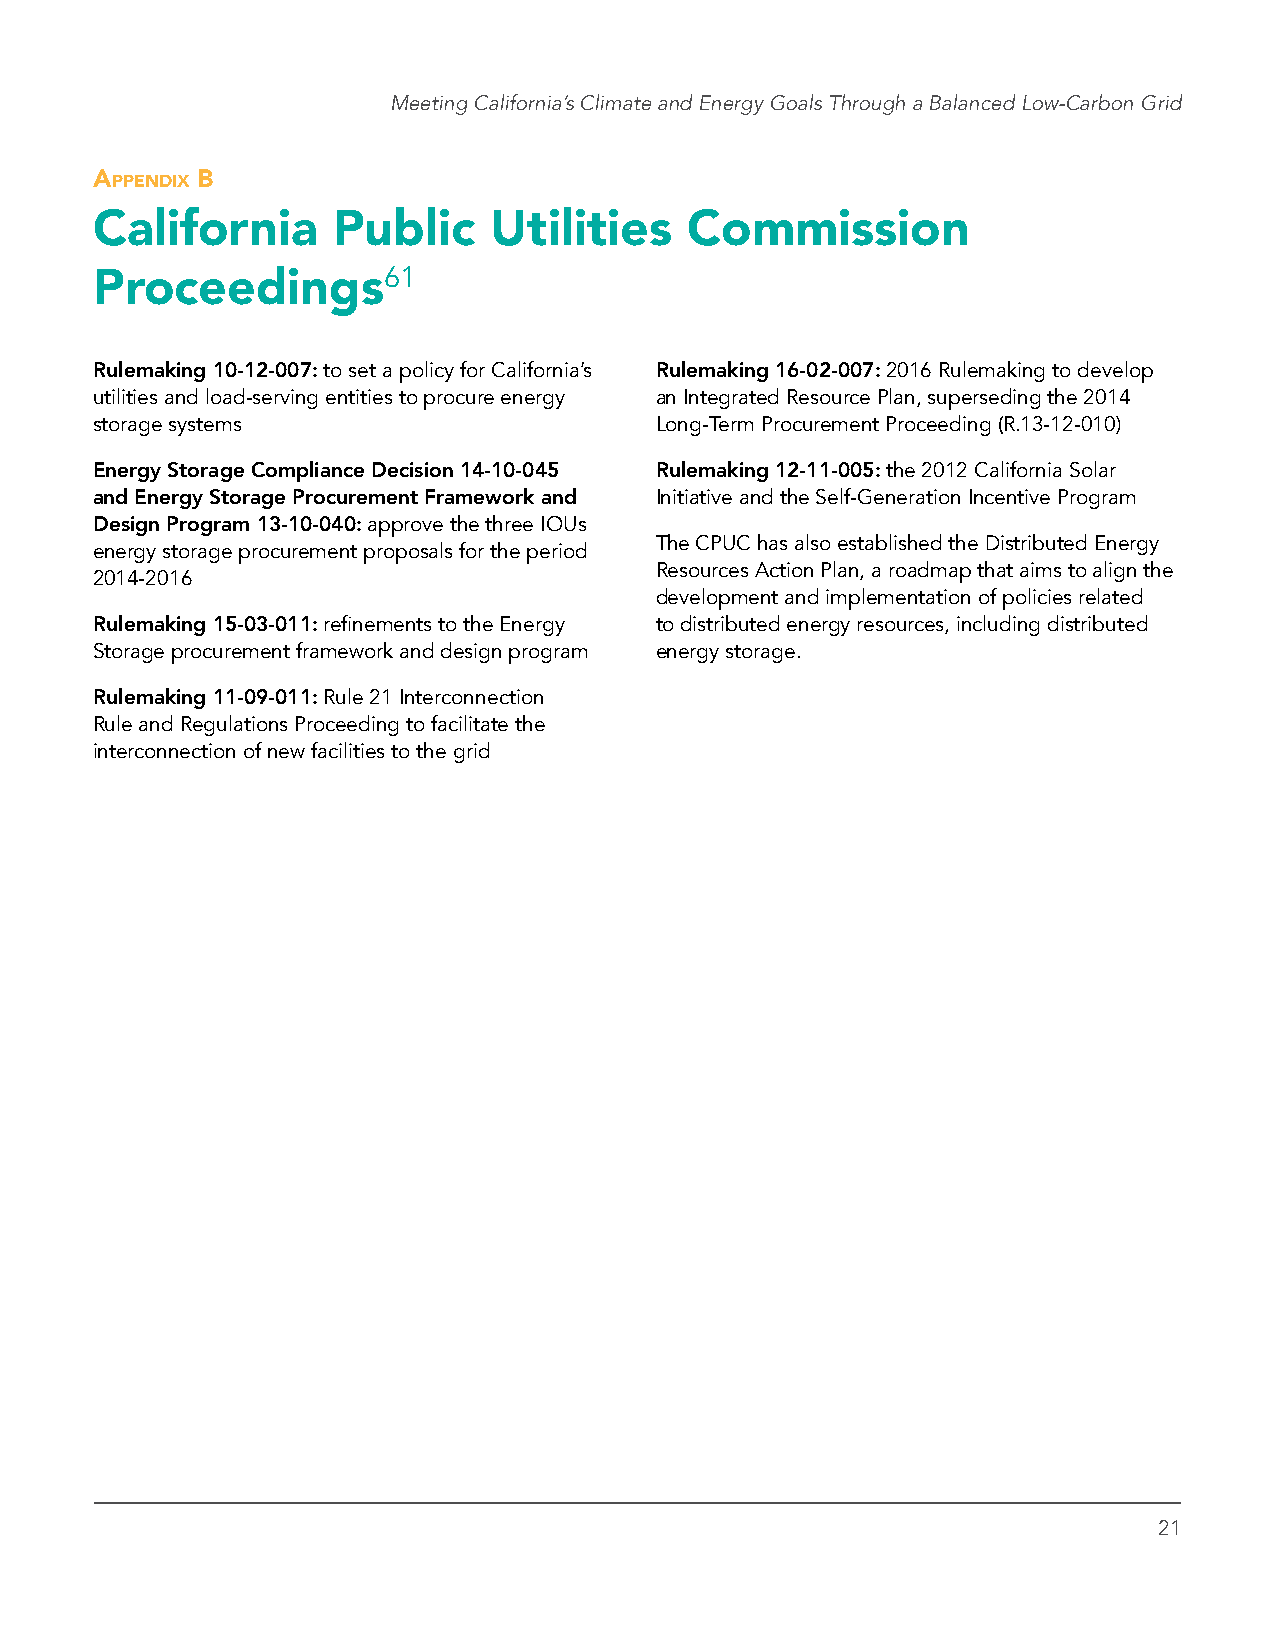
Meeting California’s Climate and Energy Goals Through a Balanced Low-Carbon Grid
 Appendix B
 California      Public    Utilities    Commission
 Proceedings61
 Rulemaking 10-12-007: to set a policy for California’s Rulemaking 16-02-007: 2016 Rulemaking to develop
 utilities and load-serving entities to procure energy an Integrated Resource Plan, superseding the 2014
 storage systems                      Long-Term Procurement Proceeding (R.13-12-010)
 Energy Storage Compliance Decision 14-10-045 Rulemaking 12-11-005: the 2012 California Solar
 and Energy Storage Procurement Framework and Initiative and the Self-Generation Incentive Program
 Design Program 13-10-040: approve the three IOUs
 The CPUC has also established the Distributed Energy
 energy storage procurement proposals for the period
 Resources Action Plan, a roadmap that aims to align the
 2014-2016
 development and implementation of policies related
 Rulemaking 15-03-011: refinements to the Energy to distributed energy resources, including distributed
 Storage procurement framework and design program energy storage.
 Rulemaking 11-09-011: Rule 21 Interconnection
 Rule and Regulations Proceeding to facilitate the
 interconnection of new facilities to the grid
 21